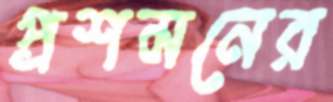
প্রশমনের